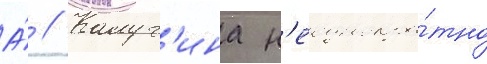
А́ // Калуг'ина н'еоднокра́тно